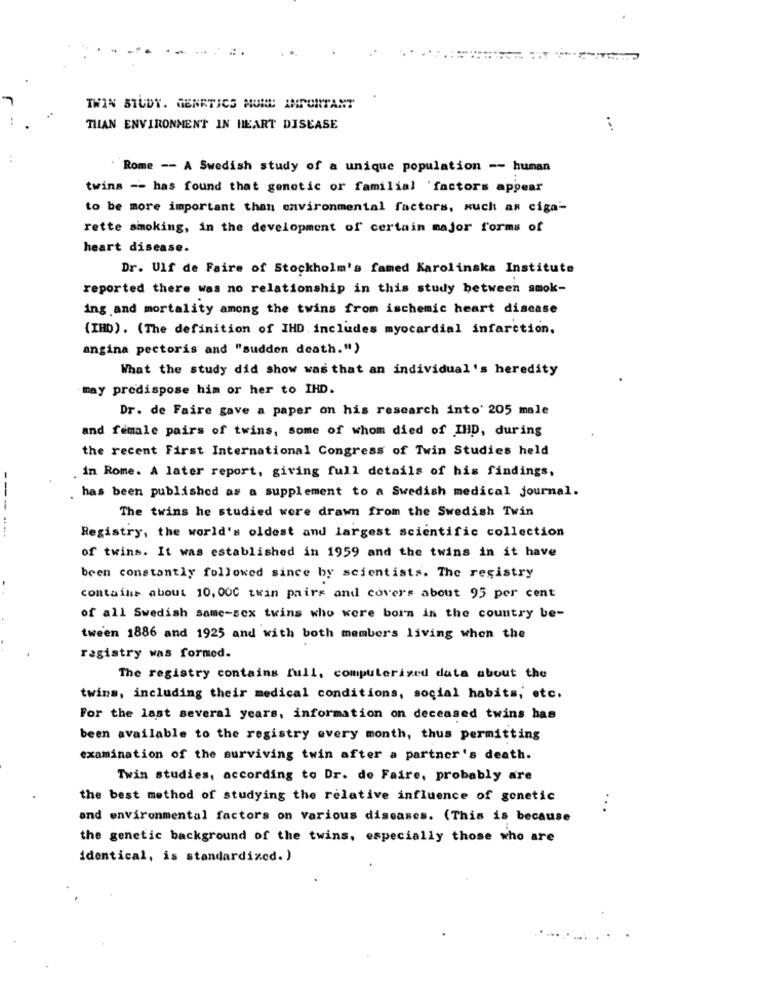
...
TWIN STUDY. GENETICS MORE IMPORTANT
THIAN ENVIRONMENT IN HEART DISEASE
..
Rome -- A Swedish study of a unique population -- hunan
twins -- has found that genetic or familial 'factors appear
to be more important than environmental factors, such as ciga-
rette smoking, in the development of certain major forms of
heart disease.
Dr. Ulf de Faire of Stockholm's famed Karolinska Institute
reported there was no relationship in this study between smok-
ing and mortality among the twins from ischemic heart disease
{IHD). (The definition of IHD. includes myocardial infarction,
angina pectoris and "sudden death.")
What the study did show was that an individual's heredity
may predispose him or her to IHD.
Dr. de Faire gave a paper on his research into' 205 male
and female pairs of twins, some of whom died of IHD, during
the recent First International Congress of Twin Studies held
in Rome. A later report, giving full details of his findings,
has been published as a supplement to a Swedish medical journal.
The twins he studied were drawn from the Swedish Twin
--- ---
Registry, the world's oldest and largest scientific collection
of twins. It was established in 1959 and the twins in it have
been constantly followed since by scientists. The registry
contains about 10,000 twin pairs and covers about 95 per cent
of all Swedish same-sex twins who were born in the country be-
tween 1886 and 1925 and with both members living when the
registry was formed.
The registry contains full, computerized data about the
twins, including their medical conditions, social habits, etc.
For the last several years, information on deceased twins has
been available to the registry every month, thus permitting
examination of the surviving twin after a partner's death.
Twin studies, according to Dr. do Faire, probably are
the best method of studying the relative influence of genetic
...
and environmental factors on various diseases. (This is because
the genetic background of the twins, especially those who are
identical, is standardized. )